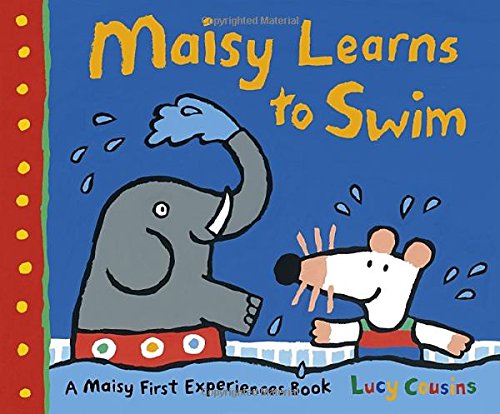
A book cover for Maisy Learns to Swim; Lucy Cousins; Children's Books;